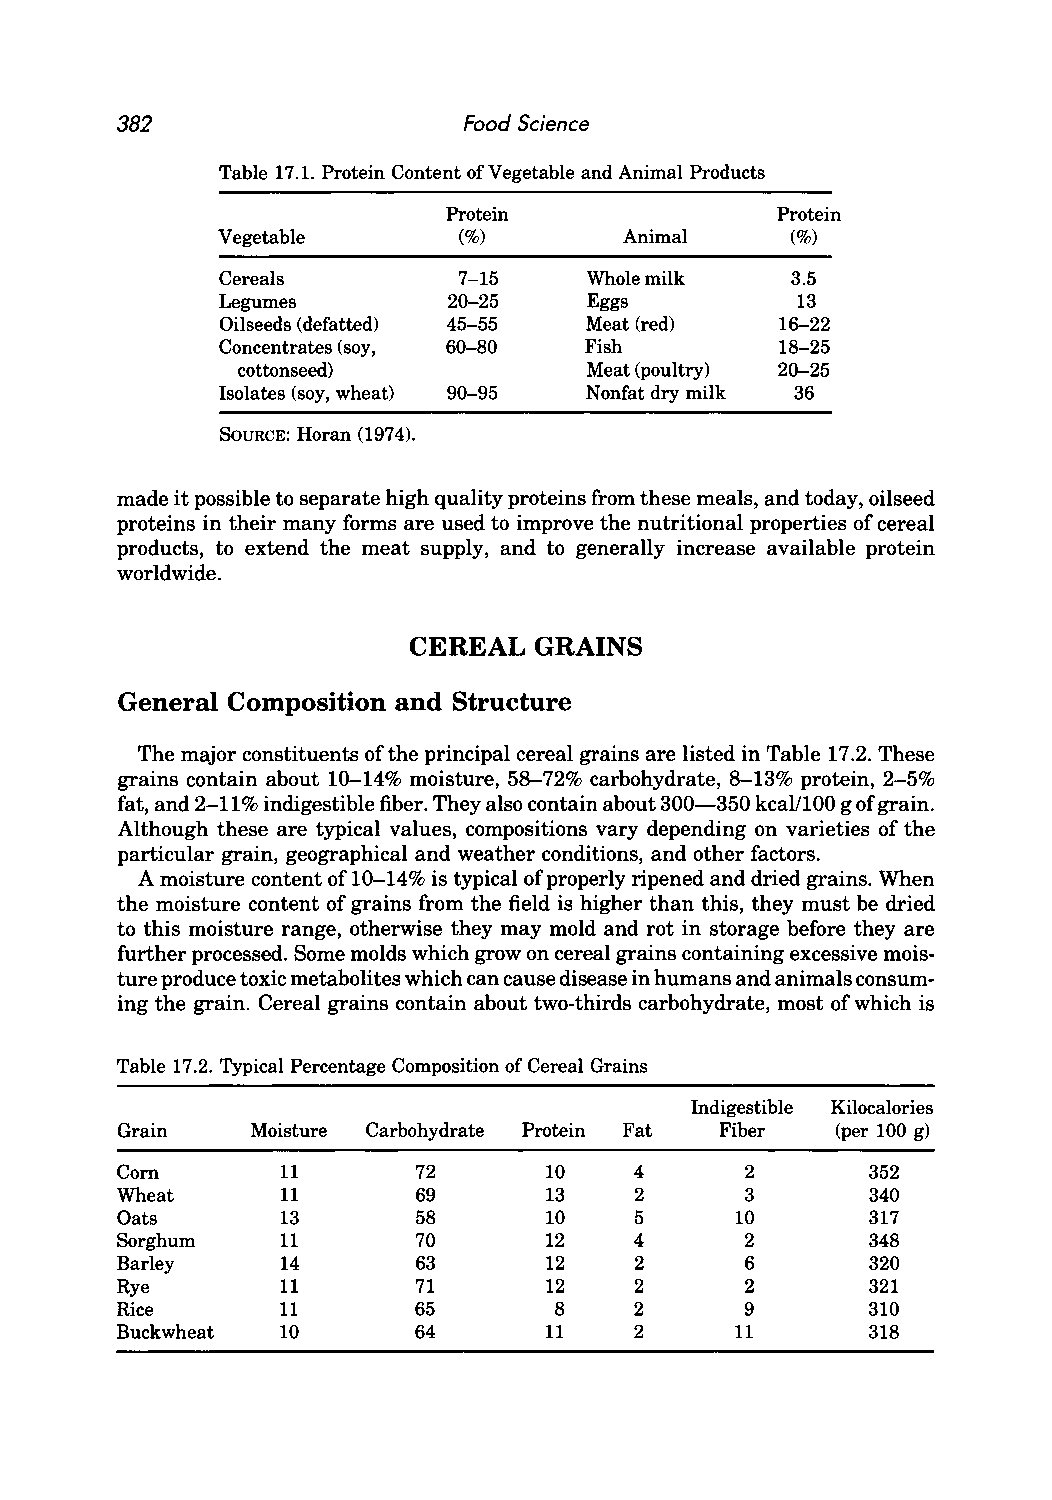
382                    Food Science
 Table 17.1. Protein Content of Vegetable and Animal Products
 Protein              Protein
 Vegetable       (%)        Animal     (%)
 Cereals        7-15     Whole milk   3.5
 Legumes        20-25    Eggs          13
 Oilseeds (defatted) 45-55 Meat (red) 16-22
 Concentrates (soy, 60-80 Fish        18-25
 cottonseed)            Meat (poultry) 20-25
 Isolates (soy, wheat) 90-95 Nonfat dry milk 36
 SOURCE: Horan (1974).
 made it possible to separate high quality proteins from these meals, and today, oilseed
 proteins in their many forms are used to improve the nutritional properties of cereal
 products, to extend the meat supply, and to generally increase available protein
 worldwide.
 CEREAL  GRAINS
 General Composition and Structure
 The major constituents of the principal cereal grains are listed in Table 17.2. These
 grains contain about 10-14% moisture, 58-72% carbohydrate, 8-13% protein, 2-5%
 fat, and 2-11 % indigestible fiber. They also contain about 300-350 kca1l100 g of grain.
 Although these are typical values, compositions vary depending on varieties of the
 particular grain, geographical and weather conditions, and other factors.
 A moisture content of 10-14% is typical of properly ripened and dried grains. When
 the moisture content of grains from the field is higher than this, they must be dried
 to this moisture range, otherwise they may mold and rot in storage before they are
 further processed. Some molds which grow on cereal grains containing excessive mois
 ture produce toxic metabolites which can cause disease in humans and animals consum
 ing the grain. Cereal grains contain about two-thirds carbohydrate, most of which is
 Table 17.2. Typical Percentage Composition of Cereal Grains
 Indigestible Kilocalories
 Grain    Moisture Carbohydrate Protein Fat Fiber (per 100 g)
 Corn       11       72      10    4      2       352
 Wheat      11       69      13    2      3        340
 Oats       13       58      10    5      10      317
 Sorghum    11       70      12    4      2       348
 Barley     14      63       12    2      6        320
 Rye        11       71      12    2      2       321
 Rice      11       65        8    2      9       310
 Buckwheat 10       64       11    2      11      318